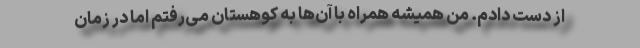
از دست دادم. من همیشه همراه با آن‌ها به کوهستان می‌رفتم اما در زمان